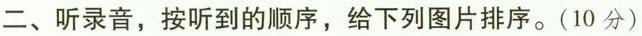
二、听录音，按听到的顺序，给下列图片排序。(10分)